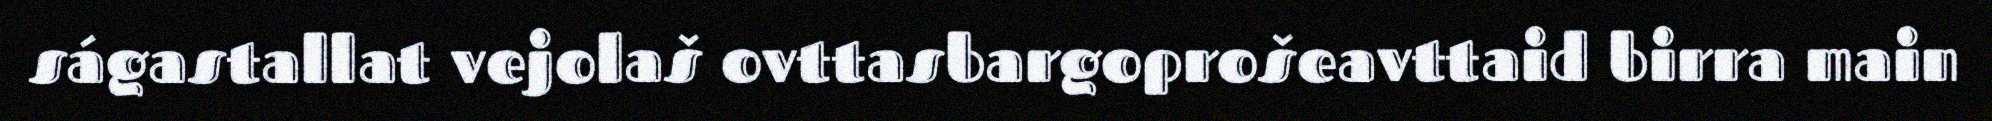
ságastallat vejolaš ovttasbargoprošeavttaid birra main